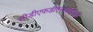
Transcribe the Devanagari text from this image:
सीडीएफडीएनआईआई